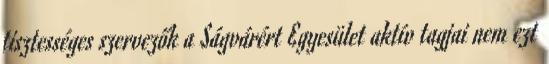
tisztességes szervezők a Ságvárért Egyesület aktív tagjai nem ezt